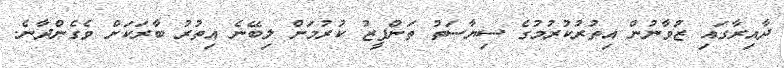
ދާއިރާގައި ޒުވާނުން އިތުރުކުރުމުގެ ސިޔާސަތު ތަންފީޒު ކުރުމަށް ލިބޭނެ އިތުރު ބާރަކަށް ވެގެންދާނެ.